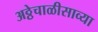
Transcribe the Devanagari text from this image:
अठ्ठेचाळीसाव्या